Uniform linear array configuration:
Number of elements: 24
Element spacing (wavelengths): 0.75
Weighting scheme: kaiser
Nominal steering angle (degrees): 45
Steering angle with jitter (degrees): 43.182
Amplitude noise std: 0.05
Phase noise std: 0.05

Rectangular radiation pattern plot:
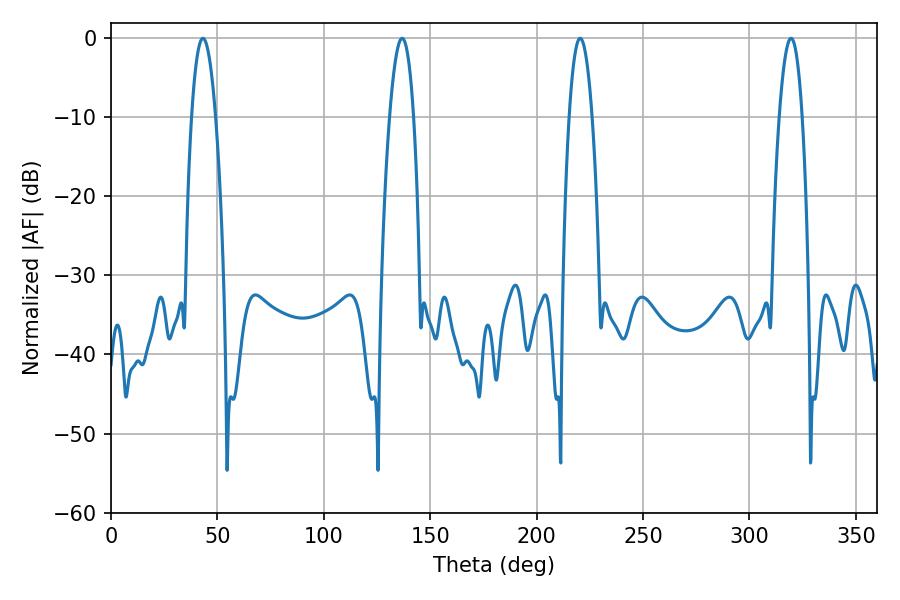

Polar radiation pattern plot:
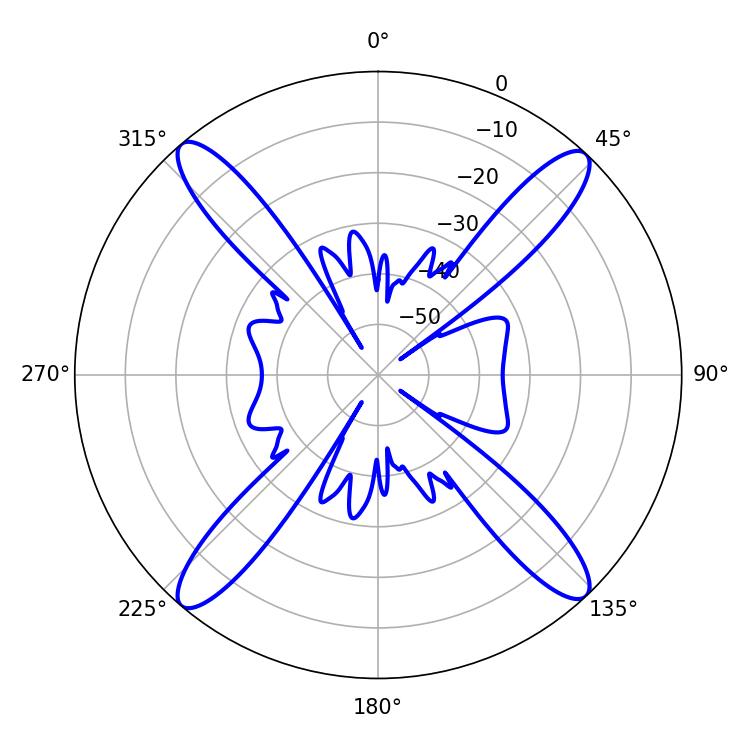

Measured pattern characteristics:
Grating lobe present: TRUE
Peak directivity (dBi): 21.232
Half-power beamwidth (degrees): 6.3
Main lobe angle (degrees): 136.8